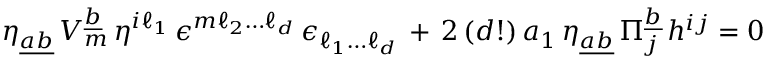
\eta _ { \underline { { { a b } } } } \, V _ { m } ^ { \underline { { { b } } } } \, \eta ^ { i \ell _ { 1 } } \, \epsilon ^ { m \ell _ { 2 } \dots \ell _ { d } } \, \epsilon _ { \ell _ { 1 } \dots \ell _ { d } } \, + \, 2 \, ( d ! ) \, a _ { 1 } \, \eta _ { \underline { { { a b } } } } \, \Pi _ { j } ^ { \underline { { { b } } } } \, h ^ { i j } = 0